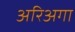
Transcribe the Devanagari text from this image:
अरिअगा